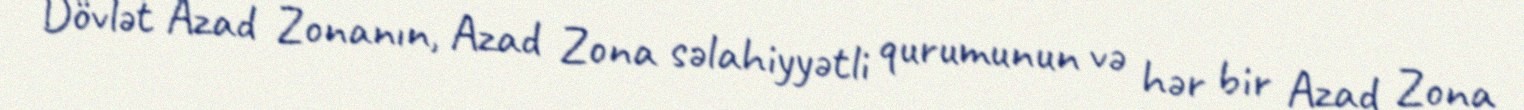
Dövlət Azad Zonanın, Azad Zona səlahiyyətli qurumunun və hər bir Azad Zona